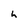
Character: h